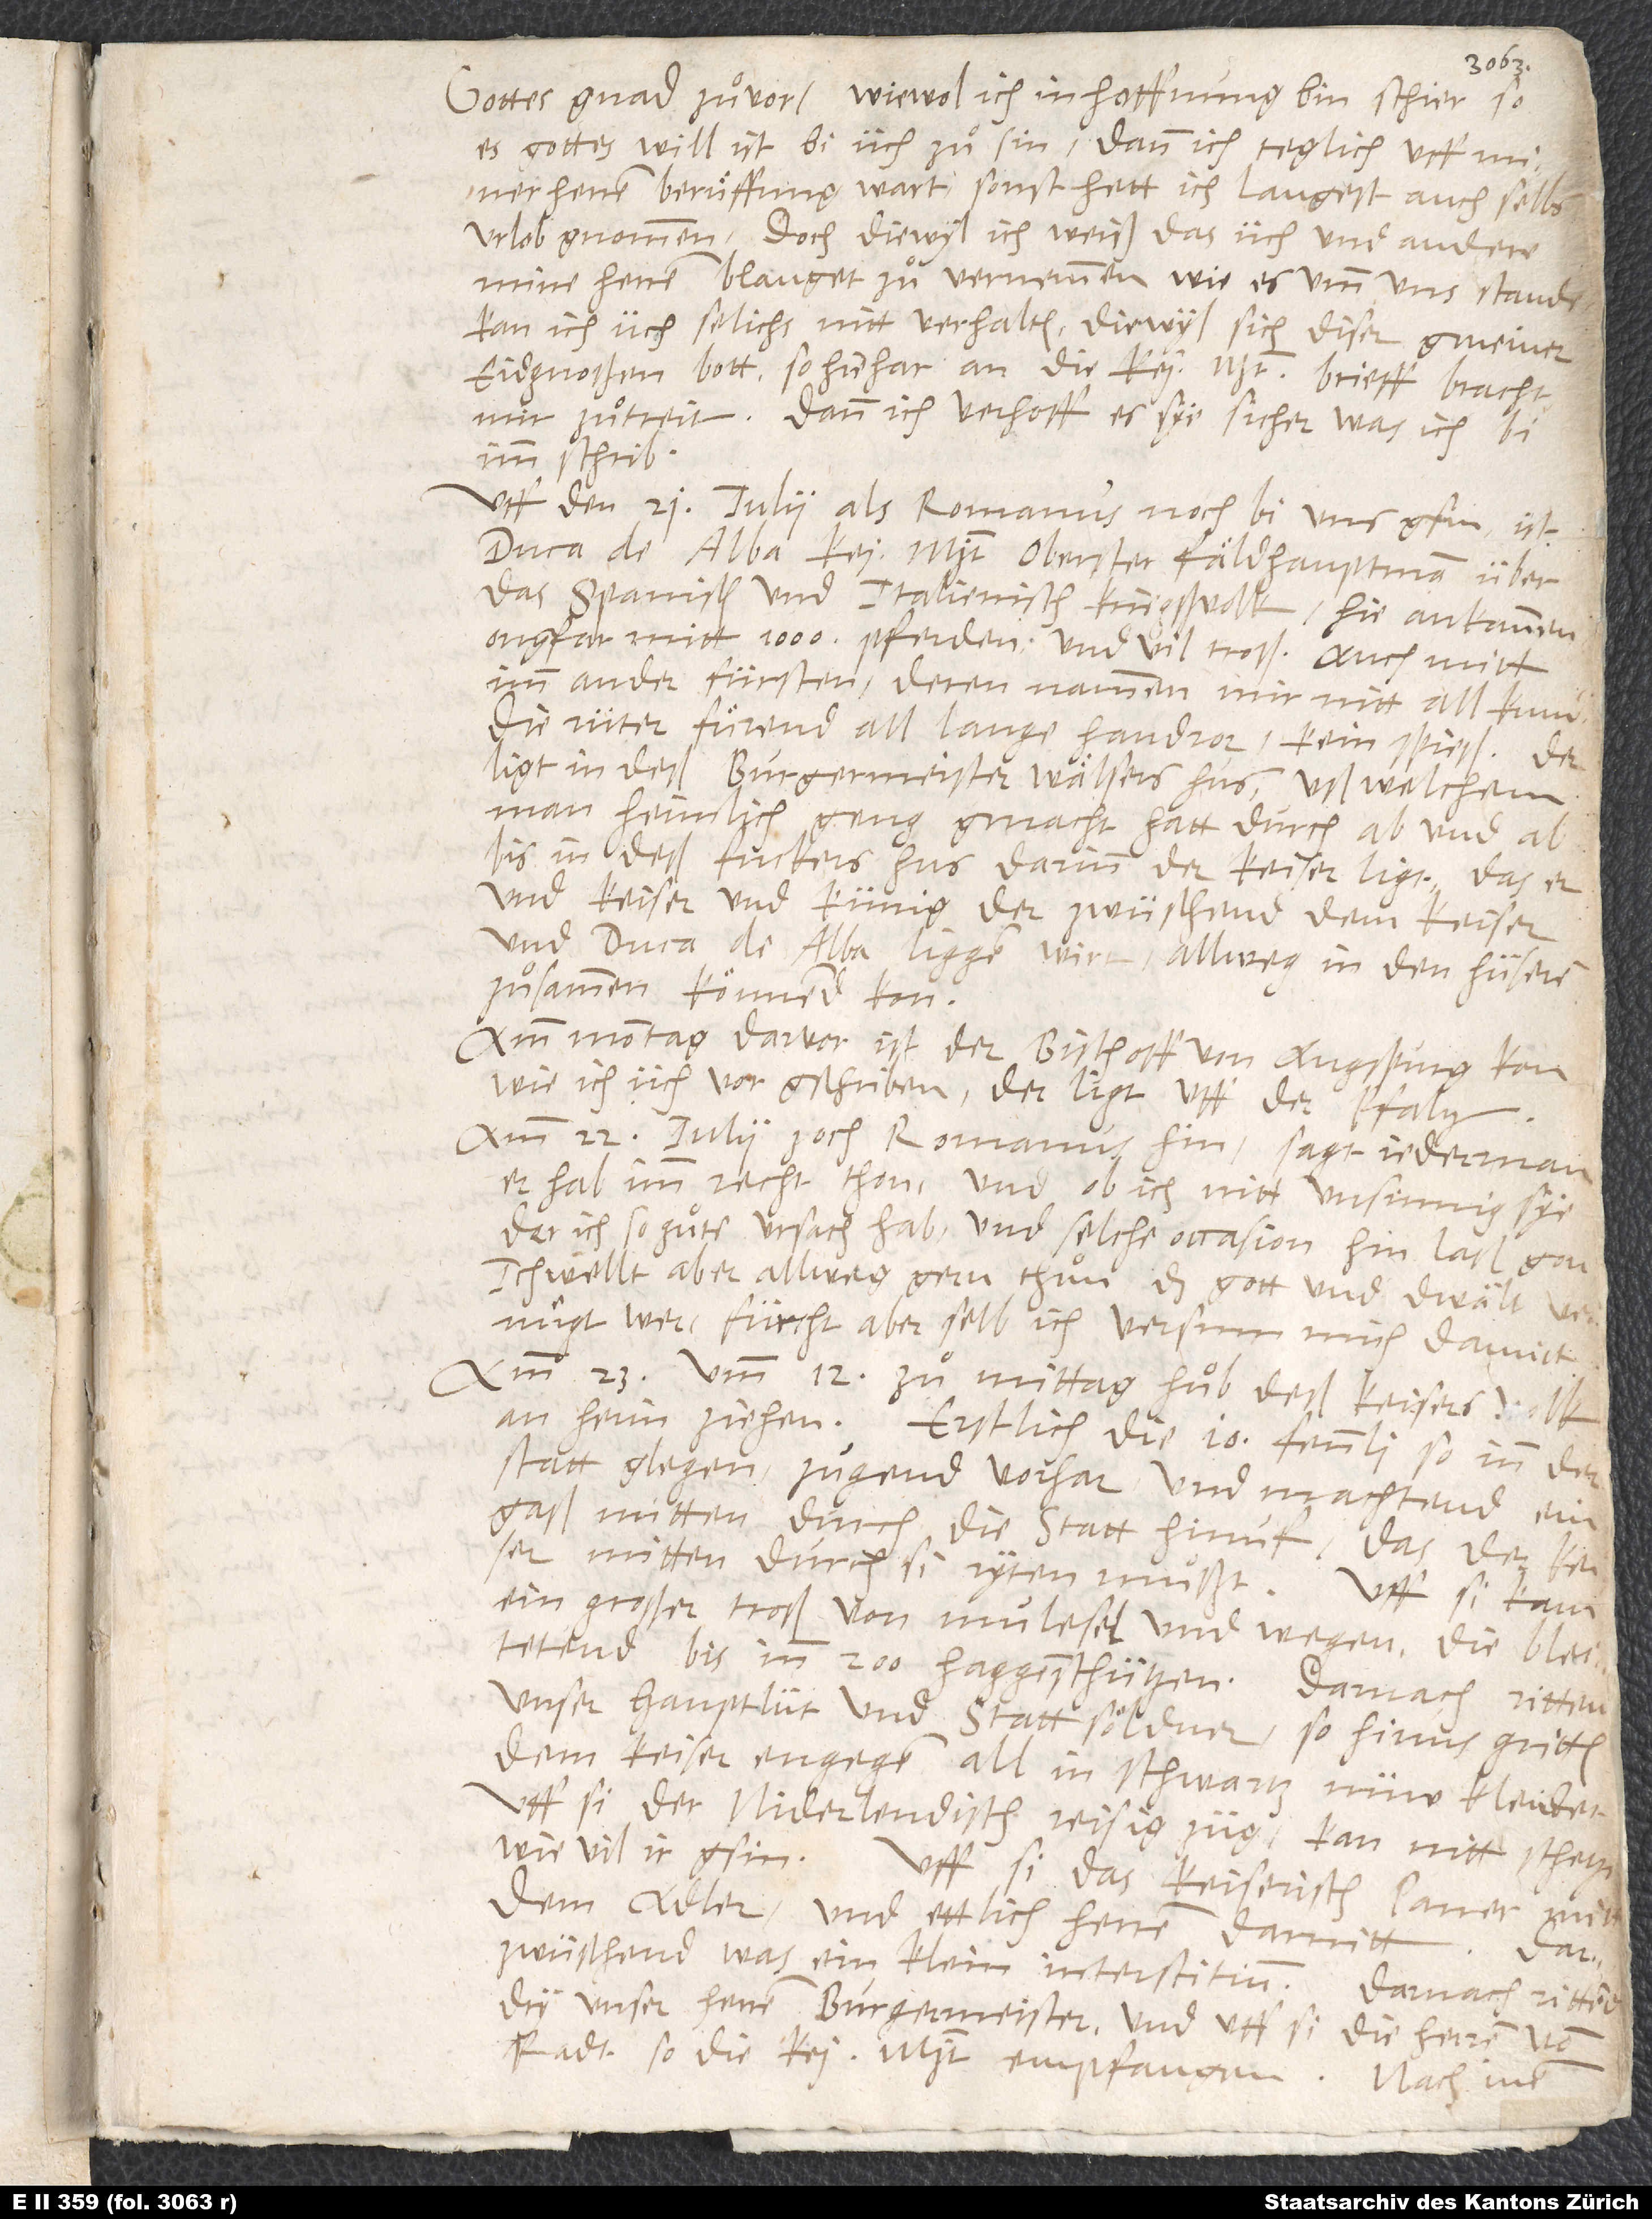
Gottes gnad zuͦvor. Wiewol ich in hoffnung bin, schier, so
es gottes will ist, bi üch zuͦ sin (dann ich teglich uff miner
herren beruͤffung wart - sonst hett ich langest auch selbs
urlob gnommen), doch diewyl ich weiß, das üch und andere
mine herren blanget zuͦ vernemmen, wie es umm uns stande,
kan ich üch solichs nitt verhalten, diewyl sich diser gmeiner
Eidgnoßen bott, so hiehar an die keit brieff bracht,
mir zuͦtreit. Dann ich verhoff, es sye sicher, was ich bi
imm schrib.
Uff den 21. iulii, als Romanus noch bi uns gsin, ist
duca de Alba, kei. mjt. oberster fäldhauptman über
das spanisch und italienisch kriegsvolk, hie ankommen
ongfar mitt 1’000 pferden und vil troß, auch mitt
imm ander fürsten, deren nammen mir nitt all kund.
Die rüter fuͤrend all lange handror, kein spieß. Der
ligt in deß burgermeister Wälsers hus, uß welchem
man heimlich geng gmacht hatt durch ab und ab
bis in deß Fuckers hus, darinn der keiser ligt, das er
und keiser und künig, der zwüschend dem keiser
und duca de Alba liggen wirt, allweg in den hüseren
zuͦsamen könnend kon.
Am Montag darvor ist der bischoff von Augspurg kon,
wie ich üch vor gschriben. Der ligt uff der pfaltz.
Am 22. iulii zoch Romanus hin. Sagt jederman,
er hab imm recht thon, und ob ich nitt unsinnig sye,
der ich so guͦte ursach hab und solche occasion hin laß gon?
Ich wellt aber allweg gern thuͦn, das gott und dwält vernuͤgt
wer; fürcht aber selb, ich versum mich damitt.
Am 23. umb 12 zuͦ mittag huͦb deß keisers volk
an herin ziehen. Erstlich die 10 fennli, so inn der
statt glegen, zugend vorhar und machtend ein
gaß mitten durch die statt hinuf, das der keiser
mitten durch si ryten muͦßt. Uff si kam
ein großer troß von mulesel und wegen. Die bleitetend
bis inn 200 haggenschützen. Darnach ritten
unser hauptlüt und stattsöldner, so hinus gritten,
dem keiser engegen, all in schwartz nüw kleidet.
Uff si der niderle ndisch reisig züg(kan nitt schetzen,
wie vil ir gsin). Uff si das keiserisch paner mitt
dem adler und ettlich herren damitt.
Darzwüschend was ein klein interstitium. Darnach rittend
dry unser herren burgermeister und uff si die herren vom
radt, so die kei. mjt. empfangen. Nach inen